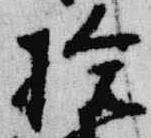
拾